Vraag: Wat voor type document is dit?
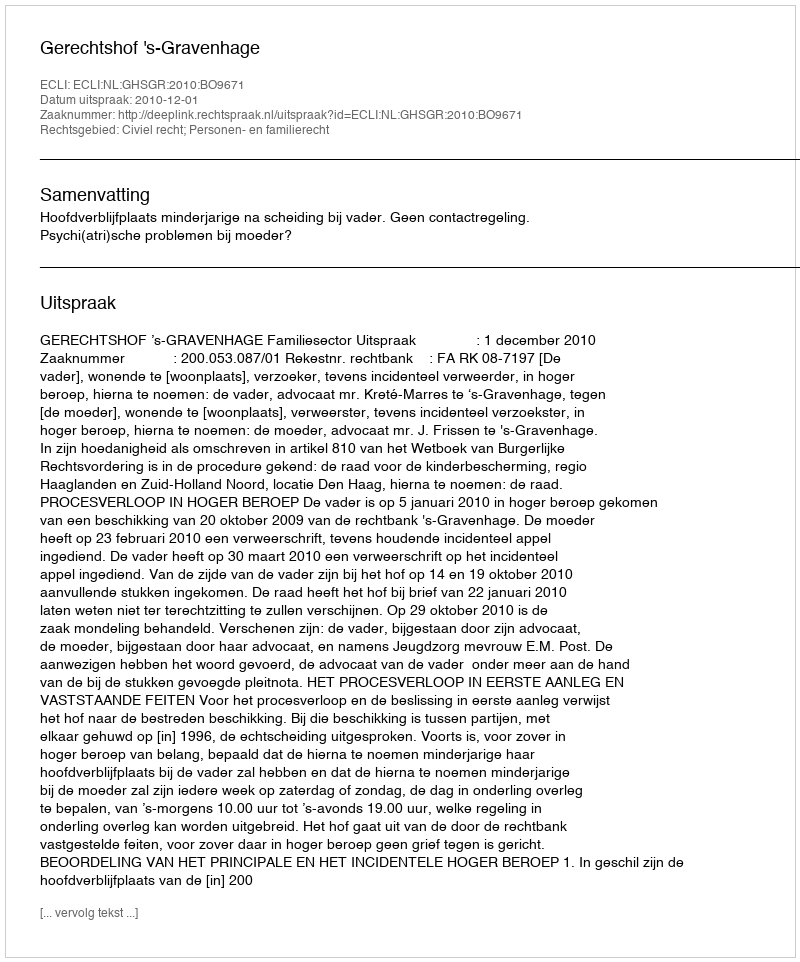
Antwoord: Uitspraak